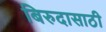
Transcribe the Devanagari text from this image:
बिरुदासाठी